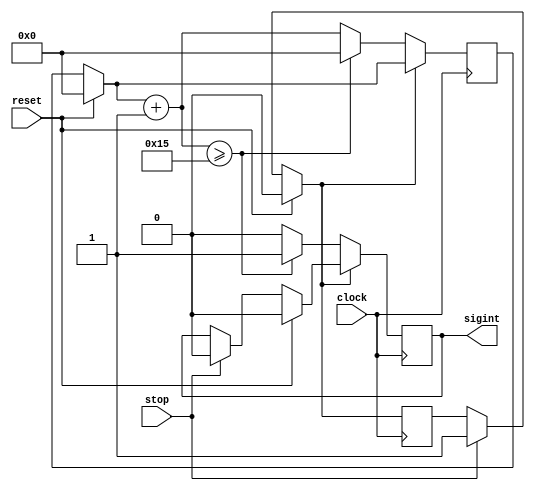
module Clock_interruption_module
#(parameter quantum=20)
(
	input clock,
	input reset,
	input stop,
	output reg sigint
);

	reg[31:0] counter = 32'd0;
	reg off = 1'b1;
	
	always @ (posedge clock) 
	begin
		if(stop) begin
			off = 1;
			sigint = 0;
		end
		if(reset) begin
			sigint = 0;
			counter = 0;
			off = 0;
		end
		
		if(!off) begin
			counter = counter + 8'd1;
			if(counter >= quantum + 1) begin
				sigint = 1;
				counter = 0;
			end
			else begin
				sigint = 0;
			end
		end
	end

endmodule